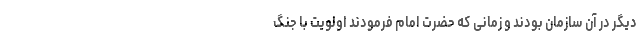
دیگر در آن سازمان بودند و زمانی که حضرت امام فرمودند اولویت با جنگ